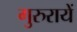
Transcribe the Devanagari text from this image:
गुरुरायें